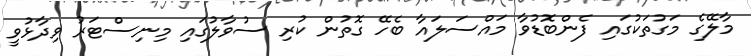
މާލޭގެ މަގުތަކުގައި ފެންބޮޑުވާ މައްސަލައާ ބެހޭ ގޮތުން ކުރި ސުވާލުގައި މިނިސްޓަރު ވިދާޅުވީ